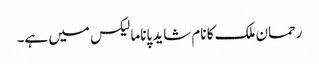
رحمان ملک کا نام شاید پاناما لیکس میں ہے۔